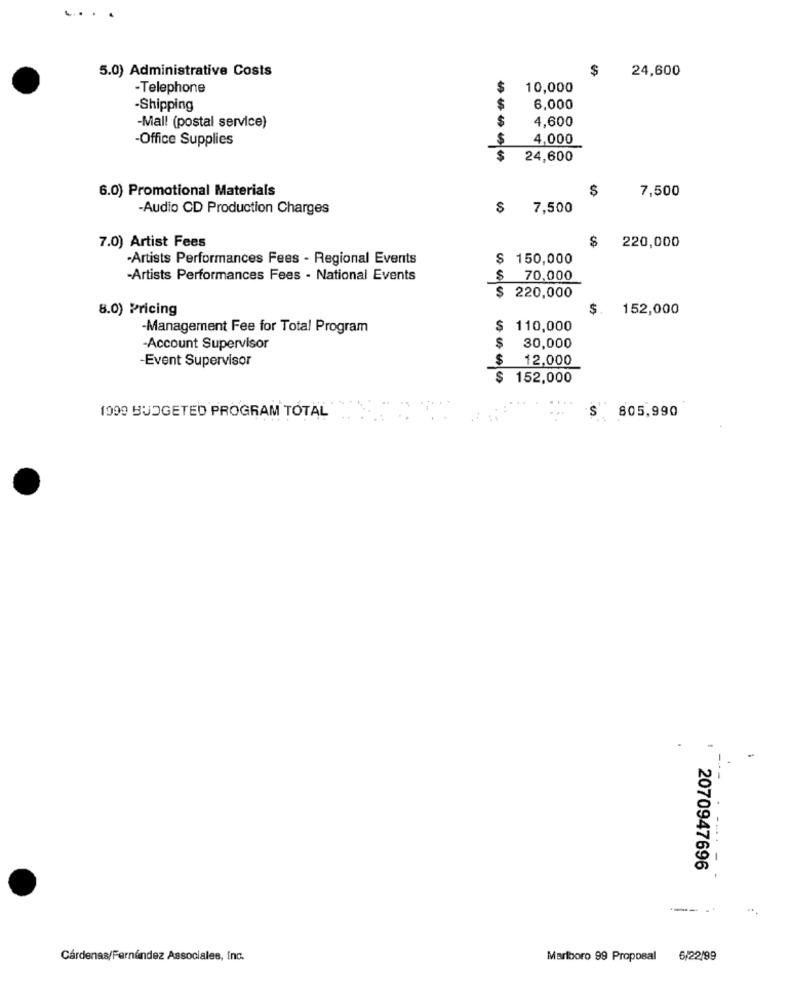
5.0) Administrative Costs
$
24,600
-Telephone
$
10,000
-Shipping
$
6,000
$
4,600
-Mal! (postal service)
-Office Supplies
$
4,000
$
24,600
6.0) Promotional Materials
$
7,500
-Audio CD Production Charges
$
7,500
$
7.0) Artist Fees
220,000
·Artists Performances Fees - Regional Events
$ 150,000
-Artists Performances Fees - National Events
$ 70,000
220,000
8.0) Pricing
$. 152,000
-Management Fee for Total Program
$ 110,000
$
-Account Supervisor
30,000
-Event Supervisor
$
12,000
$152,000
1099 BUDGETED PROGRAM TOTAL
805,990
S
-
2070947696
---
Cárdenas/Fernández Associales, Inc.
Marlboro 99 Proposal
6/22/99